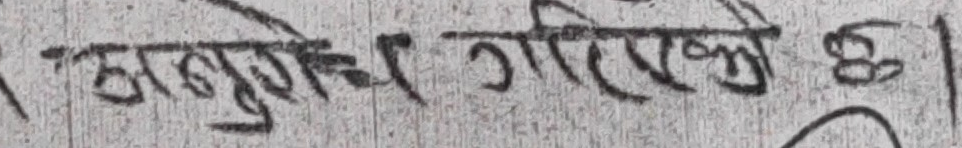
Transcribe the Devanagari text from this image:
छानबिन गरिएको छ ।